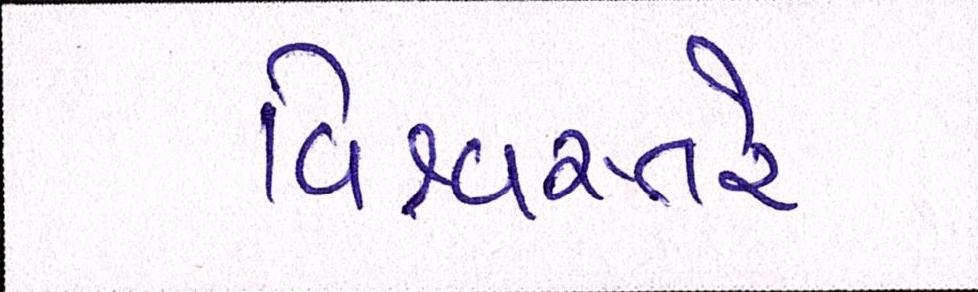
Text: વિશ્વસ્તરે